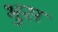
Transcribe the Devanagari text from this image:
भुस